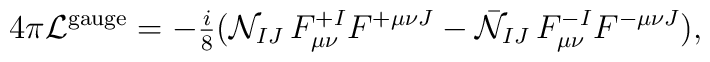
4 \pi  {\cal L}^{\rm gauge} = -{\textstyle{i\over 8}}( {\cal N}_{IJ}\,F_{\mu\nu}^{+I}F^{+\mu\nu J}- \bar{\cal N}_{IJ}\,F_{\mu\nu}^{-I} F^{-\mu\nu J} ),